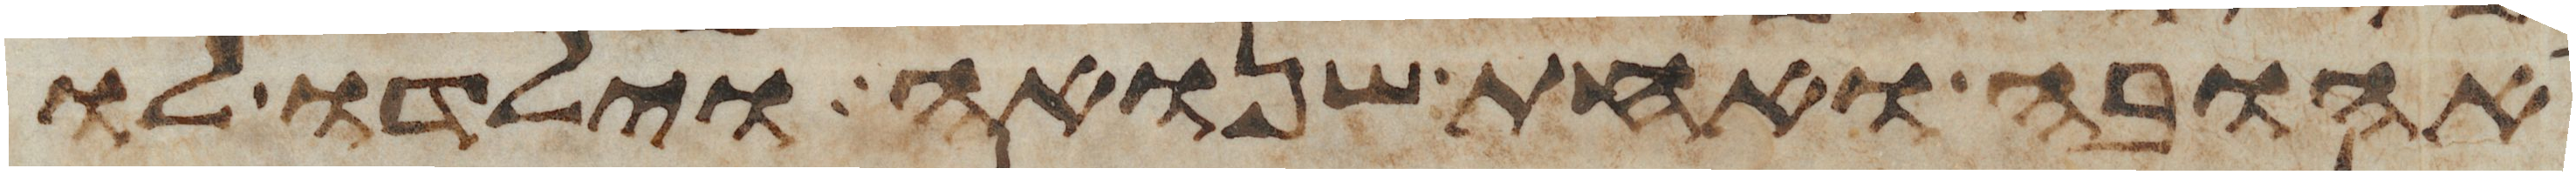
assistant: אהובה ואחת שנואה וילדו לו